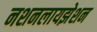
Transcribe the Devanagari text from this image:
नशनलायझेशन